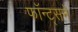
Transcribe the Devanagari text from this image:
फाँन्ट्‌सने